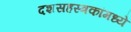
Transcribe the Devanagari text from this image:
दशसहस्त्रकांमध्ये